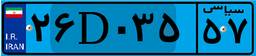
۷۴D۶۷۱۰۶